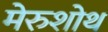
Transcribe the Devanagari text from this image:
मेरुशोथ